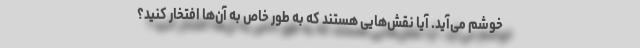
خوشم می‌آید. آیا نقش‌هایی هستند که به طور خاص به آن‌ها افتخار کنید؟